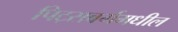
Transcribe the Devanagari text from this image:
पिट्सबर्गमधील